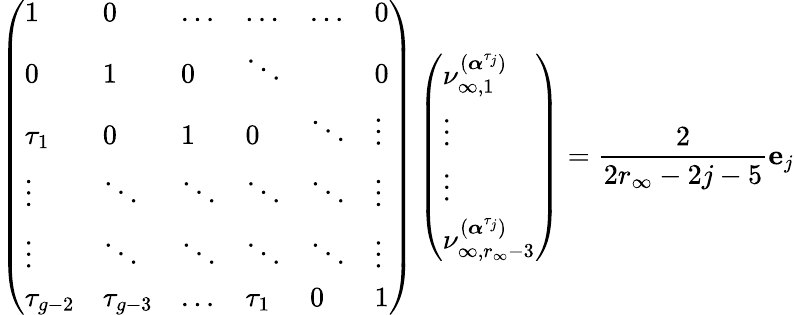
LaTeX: \left(\begin{array}{llllll}{1}&{0}&{\dots}&{\dots}&{\dots}&{0}\\ {0}&{1}&{0}&{\ddots}&&{0}\\ {\tau_{1}}&{0}&{1}&{0}&{\ddots}&{\vdots}\\ {\vdots}&{\ddots}&{\ddots}&{\ddots}&{\ddots}&{\vdots}\\ {\vdots}&{\ddots}&{\ddots}&{\ddots}&{\ddots}&{\vdots}\\ {\tau_{g-2}}&{\tau_{g-3}}&{\dots}&{\tau_{1}}&{0}&{1}\end{array}\right)\left(\begin{array}{l}{\nu_{\infty,1}^{(\boldsymbol{\alpha}^{\tau_{j}})}}\\ {\vdots}\\ {\vdots}\\ {\nu_{\infty,r_{\infty}-3}^{(\boldsymbol{\alpha}^{\tau_{j}})}}\end{array}\right)=\frac{2}{2r_{\infty}-2j-5}\mathbf{e}_{j}